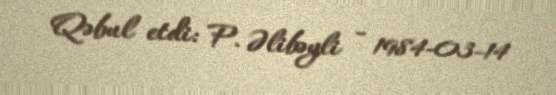
Qəbul etdi: P. Əlibəyli - 1984-03-14